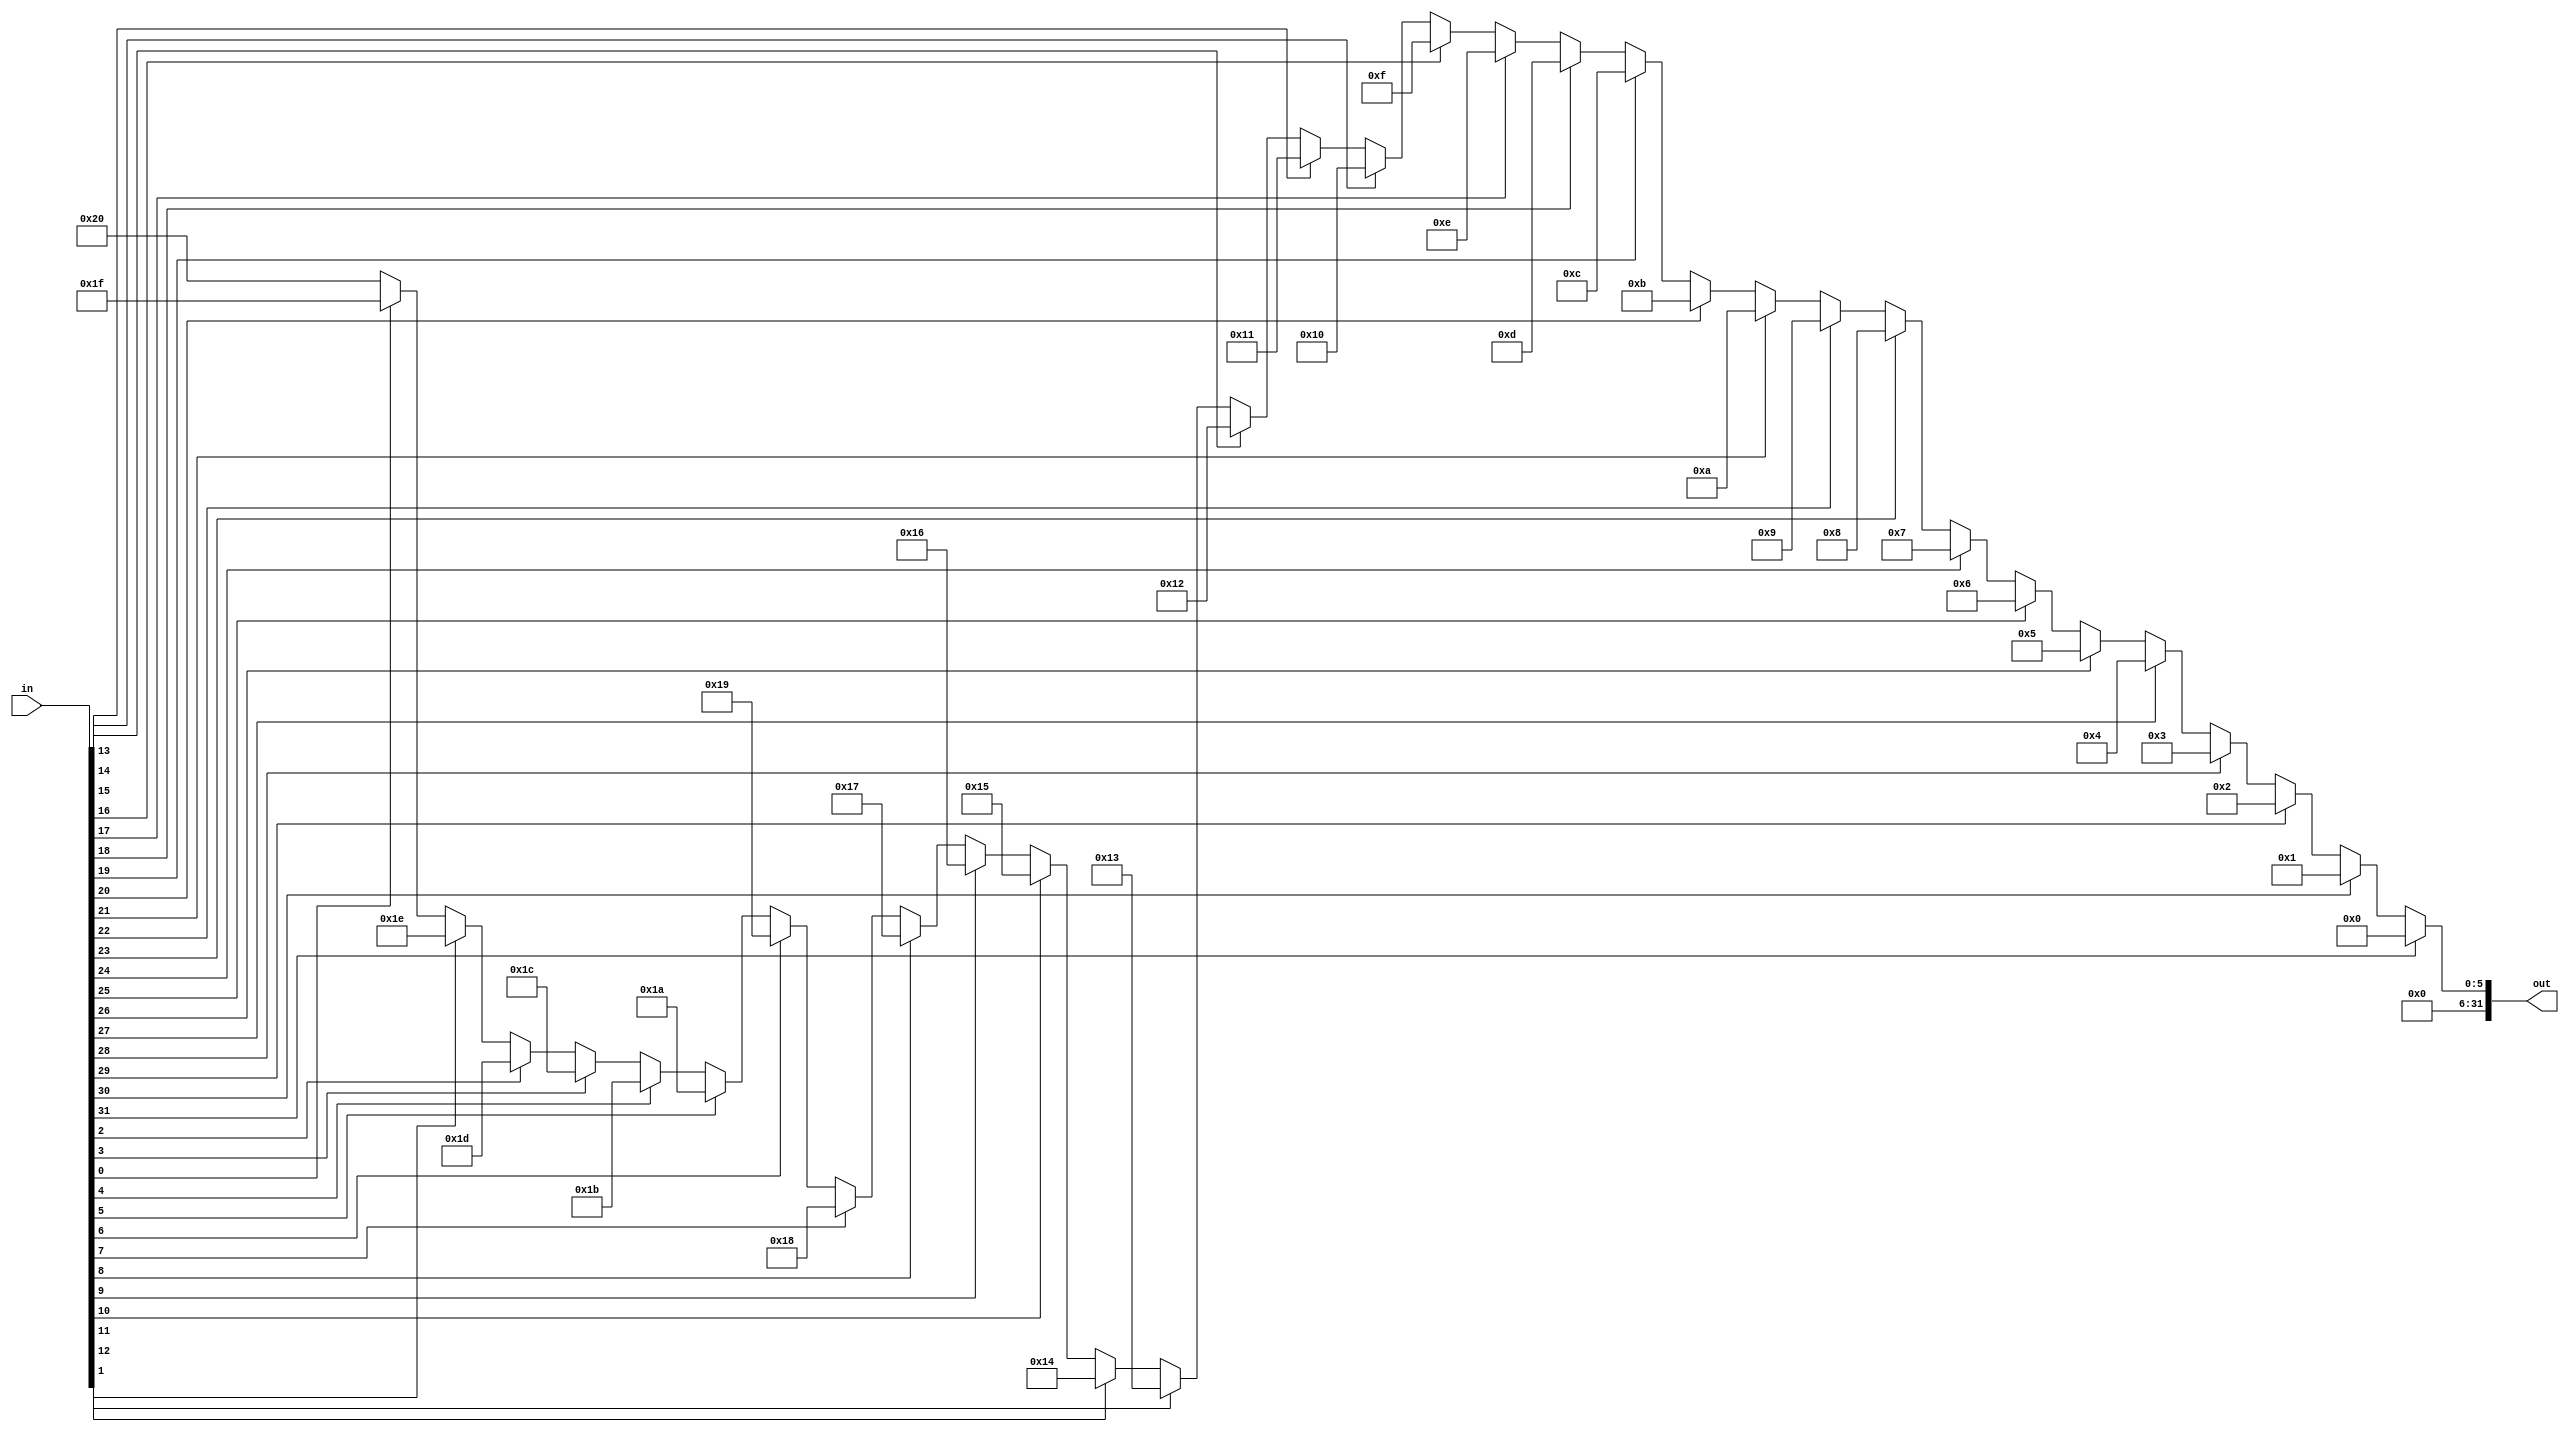
`timescale 1ns / 1ps
//////////////////////////////////////////////////////////////////////////////////
// Company: 
// Engineer: 
// 
// Design Name: 
// Module Name: CLZ
// Project Name: 
// Target Devices: 
// Tool Versions: 
// Description: 
// 
// Dependencies: 
// 
// Revision:
// Revision 0.01 - File Created
// Additional Comments:
// 
//////////////////////////////////////////////////////////////////////////////////



module CLZ(
input [31:0]in,
output reg[31:0]out
    );

always @(*) begin
  if (in[31]) 
    out = 32'd0;
  else if (in[30])
    out = 32'd1;
  else if(in[29])
    out = 32'd2;
  else if(in[28])
    out = 32'd3;
  else if(in[27])
    out = 32'd4;
  else if(in[26])
    out = 32'd5;
  else if(in[25])
    out = 32'd6;
  else if(in[24])
    out = 32'd7;
  else if(in[23])
    out = 32'd8;
  else if(in[22])
    out = 32'd9;
  else if(in[21])
    out = 32'd10;
  else if(in[20])
    out = 32'd11;
  else if(in[19])
    out = 32'd12;
  else if(in[18])
    out = 32'd13;
  else if(in[17])
    out = 32'd14;
  else if(in[16])
    out = 32'd15;
  else if(in[15])
    out = 32'd16;
  else if(in[14])
    out = 32'd17;
  else if(in[13])
    out = 32'd18;
  else if(in[12])
    out = 32'd19;
  else if(in[11])
    out = 32'd20;
  else if(in[10])
    out = 32'd21;
  else if(in[9])
    out = 32'd22;
  else if(in[8])
    out = 32'd23;
  else if(in[7])
    out = 32'd24;
  else if(in[6])
    out = 32'd25;
  else if(in[5])
    out = 32'd26;
  else if(in[4])
    out = 32'd27;
  else if(in[3])
    out = 32'd28;
  else if(in[2])
    out = 32'd29;
  else if(in[1])
    out = 32'd30;
  else if(in[0])
    out = 32'd31;
  else 
    out = 32'd32;
end

endmodule